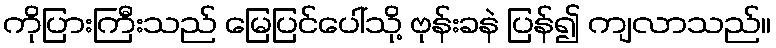
ကိုပြားကြီးသည် မြေပြင်ပေါ်သို့ ဗုန်းခနဲ ပြန်၍ ကျလာသည်။